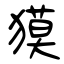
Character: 獏